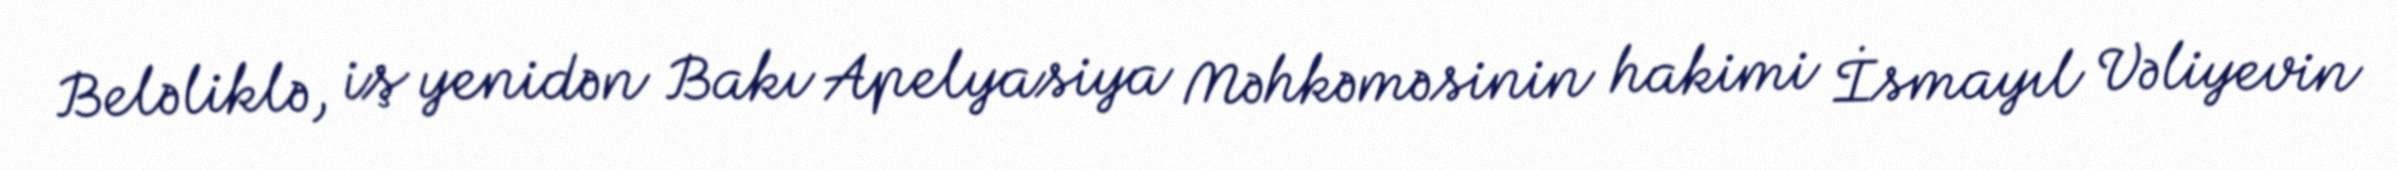
Beləliklə, iş yenidən Bakı Apelyasiya Məhkəməsinin hakimi İsmayıl Vəliyevin